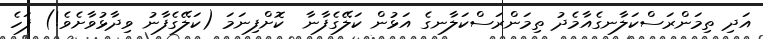
އަދި ތިމަންރަސްކަލާނގެއާމެދު ތިމަންރަސްކަލާނގެ އަޅުން ކަލޭގެފާނާ  ކޮށްފިނަމަ (ކަލޭގެފާނު ވިދާޅުވާށެވެ!) ފަހެ